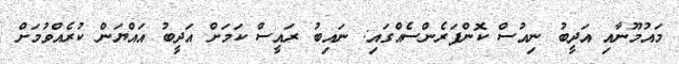
މައުމޫނާއި އަދީބު ނިއުސް ކޮންފަރެންސެއްގައި: ނައިބު ރައީސް ކަމަށް އަދީބު އައްޔަން ކުރެއްވުމަށް